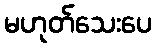
မဟုတ်သေးပေ